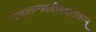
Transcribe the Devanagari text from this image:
स्वातन्त्र्यवीरशतकम्